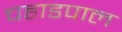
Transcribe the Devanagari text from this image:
चहाडपाल